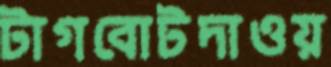
টাগবোটদাওয়